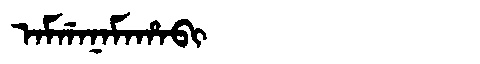
Manchu: ᠠᠮᡤᠠᠨᠠᠮᠠᡥᠠᠪᡳ
Romanization: AMGANAMAHABI